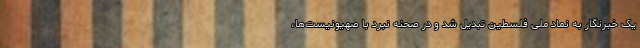
یک خبرنگار به نماد ملی فلسطین تبدیل شد و در صحنه نبرد با صهیونیست‌ها،